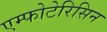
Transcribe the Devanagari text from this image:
एम्फोटेरिसिन